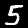
Digit: 5